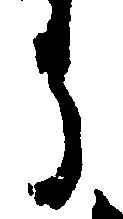
う